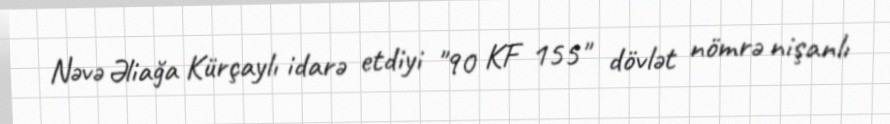
Nəvə Əliağa Kürçaylı idarə etdiyi "90 KF 155" dövlət nömrə nişanlı